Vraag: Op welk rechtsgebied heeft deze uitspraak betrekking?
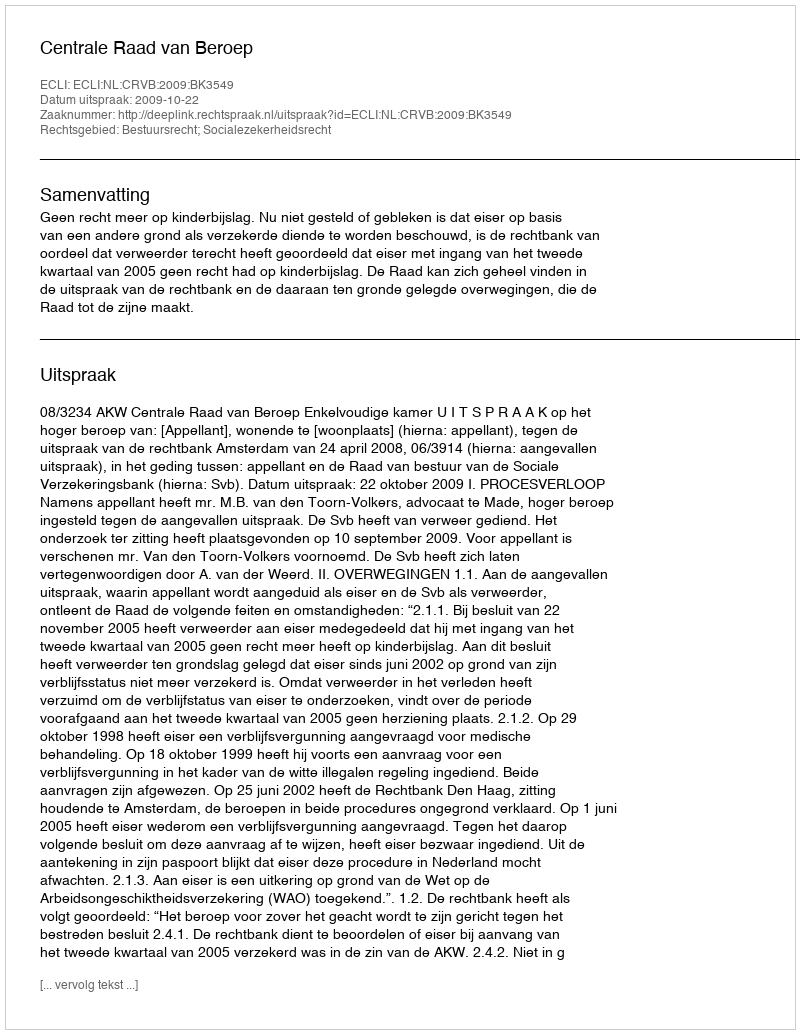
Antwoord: Bestuursrecht; Socialezekerheidsrecht